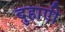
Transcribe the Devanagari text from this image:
दुहाएी